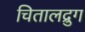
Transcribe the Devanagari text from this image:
चितालद्रुग